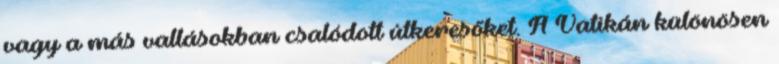
vagy a más vallásokban csalódott útkeresőket. A Vatikán különösen